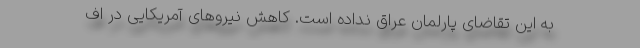
به این تقاضای پارلمان عراق نداده است. کاهش نیروهای آمریکایی در اف